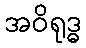
အဝိရုဒ္ဓ